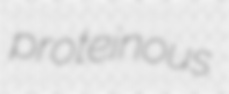
proteinous